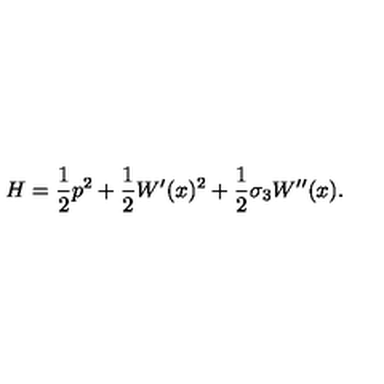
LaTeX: H = { \frac { 1 } { 2 } } p ^ { 2 } + { \frac { 1 } { 2 } } W ^ { \prime } ( x ) ^ { 2 } + { \frac { 1 } { 2 } } \sigma _ { 3 } W ^ { \prime \prime } ( x ) .